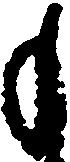
も